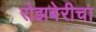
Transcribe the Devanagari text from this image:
रोझबेरीचा